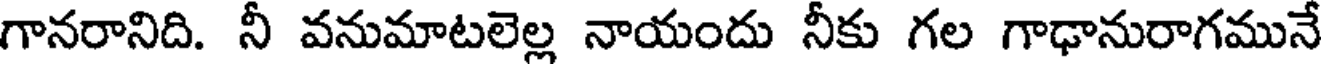
గానరానిది. నీ వనుమాటలెల్ల నాయందు నీకు గల గాఢానురాగమునే